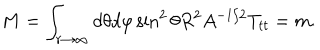
M = \int _ { r \rightarrow \infty } d \theta d \varphi \sin ^ { 2 } \theta R ^ { 2 } A ^ { - 1 / 2 } T _ { t t } = m .